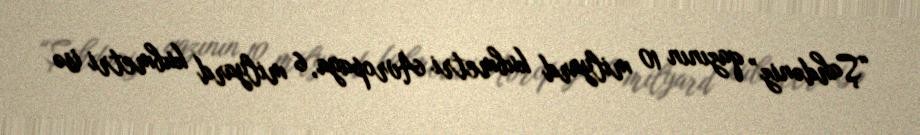
“Şahdəniz” qazının 10 milyard kubmetri Avropaya, 6 milyard kubmetri isə